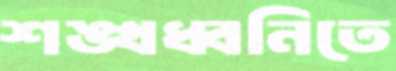
শঙ্খধ্বনিতে